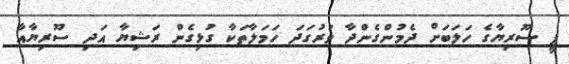
ޕީ ސޫރިޔާގެ ހަލަބަށް ދެމުންގެންދާ ވަރުގަދަ ހަމަލާތަކާ ގުޅިގެން ރަޝިޔާ އަދި ސޫރިޔާއާ